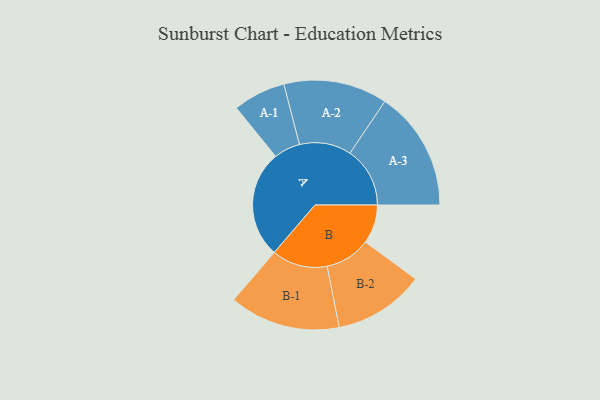
{"axis": {"x": "Segment", "y": "Value"}, "legend": ["", "A", "B"], "data": [{"x": "A", "y": 437, "type": ""}, {"x": "B", "y": 158, "type": ""}, {"x": "A-1", "y": 107, "type": "A"}, {"x": "A-2", "y": 211, "type": "A"}, {"x": "A-3", "y": 244, "type": "A"}, {"x": "B-1", "y": 226, "type": "B"}, {"x": "B-2", "y": 185, "type": "B"}]}